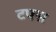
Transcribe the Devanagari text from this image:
टफ्स